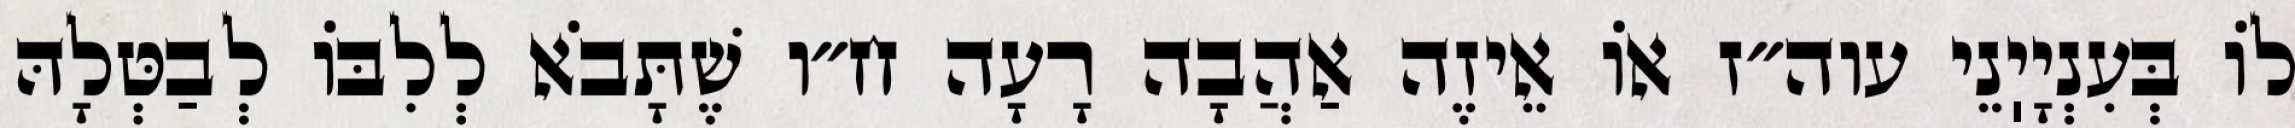
לוֹ בְּעִנְיָיֽנֵי עוה״ז אוֹ אֵיזֶה אַהֲבָה רָעָה ח״ו שֶׁתָּבֹא לְלִבּוֹ לְבַטְּלָהּ